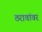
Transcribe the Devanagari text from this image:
ठरावांवर